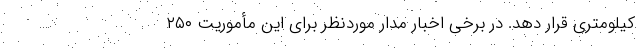
کیلومتری قرار دهد. در برخی اخبار مدار موردنظر برای این مأموریت ۲۵۰